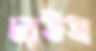
ঢাউস